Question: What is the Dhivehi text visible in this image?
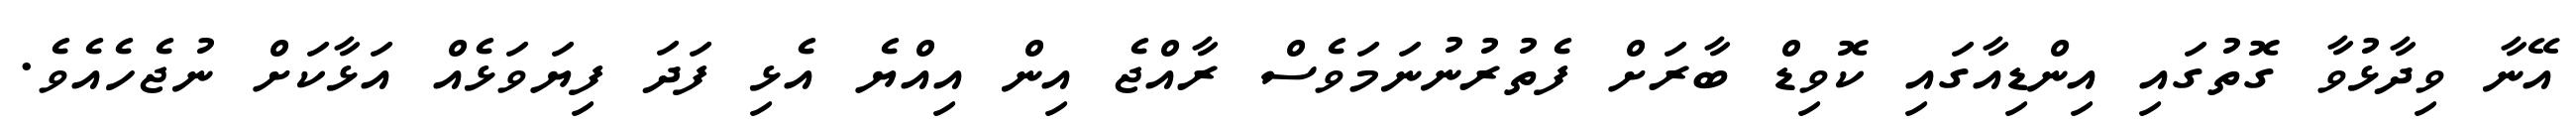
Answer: އޭނާ ވިދާޅުވާ ގޮތުގައި އިންޑިއާގައި ކޮވިޑް ބާރަށް ފެތުރުނުނަމަވެސް ރާއްޖެ އިން އިއްޔެ އެޅި ފަދަ ފިޔަވަޅެއް އަޅާކަށް ނުޖެހެއެވެ.